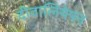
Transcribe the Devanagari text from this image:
दीवालियेपन